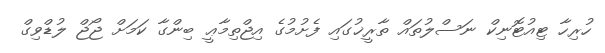
ހުރިހާ ޓިއުޓޮނިކް ނަސްލުތައް ތާރީޚުގައި ފެށުމުގެ އިޖްތިމާޢީ ބިންގާ ކަމަށް ޖޯޖް ލުޑްވިގް